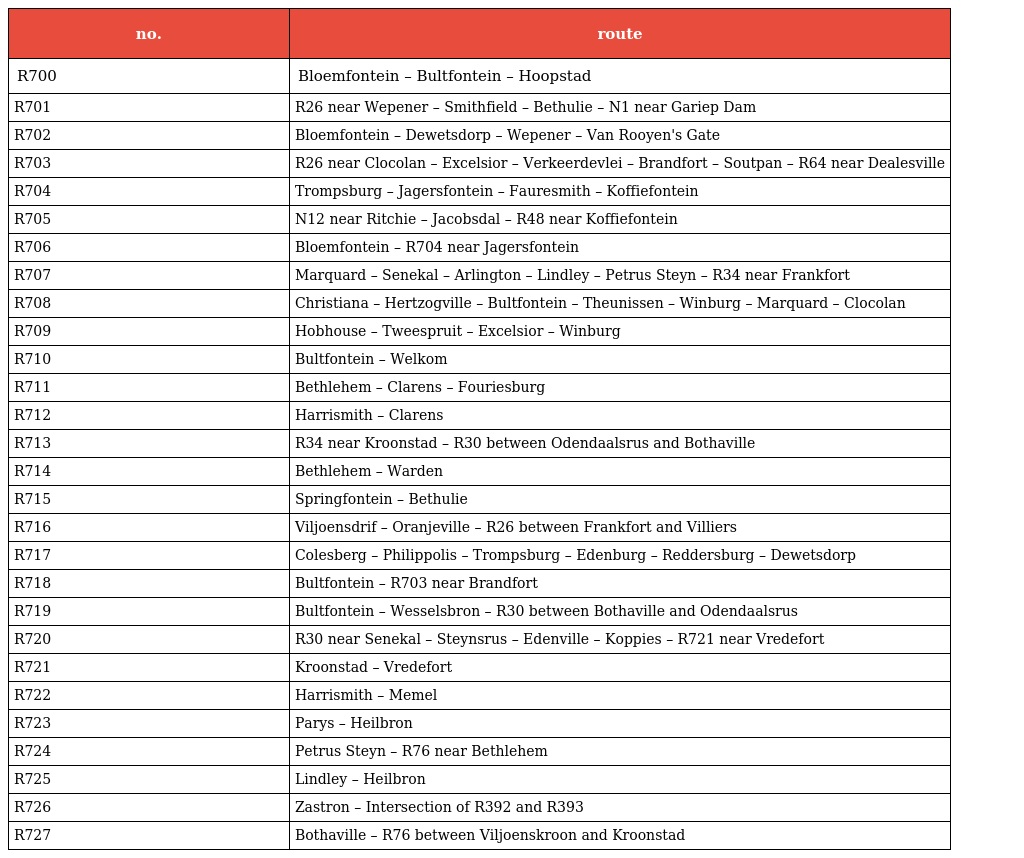
| no. | route |
 | --- | --- |
 | R700 | Bloemfontein – Bultfontein – Hoopstad |
 | R701 | R26 near Wepener – Smithfield – Bethulie – N1 near Gariep Dam |
 | R702 | Bloemfontein – Dewetsdorp – Wepener – Van Rooyen's Gate |
 | R703 | R26 near Clocolan – Excelsior – Verkeerdevlei – Brandfort – Soutpan – R64 near Dealesville |
 | R704 | Trompsburg – Jagersfontein – Fauresmith – Koffiefontein |
 | R705 | N12 near Ritchie – Jacobsdal – R48 near Koffiefontein |
 | R706 | Bloemfontein – R704 near Jagersfontein |
 | R707 | Marquard – Senekal – Arlington – Lindley – Petrus Steyn – R34 near Frankfort |
 | R708 | Christiana – Hertzogville – Bultfontein – Theunissen – Winburg – Marquard – Clocolan |
 | R709 | Hobhouse – Tweespruit – Excelsior – Winburg |
 | R710 | Bultfontein – Welkom |
 | R711 | Bethlehem – Clarens – Fouriesburg |
 | R712 | Harrismith – Clarens |
 | R713 | R34 near Kroonstad – R30 between Odendaalsrus and Bothaville |
 | R714 | Bethlehem – Warden |
 | R715 | Springfontein – Bethulie |
 | R716 | Viljoensdrif – Oranjeville – R26 between Frankfort and Villiers |
 | R717 | Colesberg – Philippolis – Trompsburg – Edenburg – Reddersburg – Dewetsdorp |
 | R718 | Bultfontein – R703 near Brandfort |
 | R719 | Bultfontein – Wesselsbron – R30 between Bothaville and Odendaalsrus |
 | R720 | R30 near Senekal – Steynsrus – Edenville – Koppies – R721 near Vredefort |
 | R721 | Kroonstad – Vredefort |
 | R722 | Harrismith – Memel |
 | R723 | Parys – Heilbron |
 | R724 | Petrus Steyn – R76 near Bethlehem |
 | R725 | Lindley – Heilbron |
 | R726 | Zastron – Intersection of R392 and R393 |
 | R727 | Bothaville – R76 between Viljoenskroon and Kroonstad |